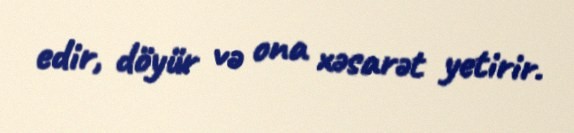
edir, döyür və ona xəsarət yetirir.